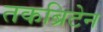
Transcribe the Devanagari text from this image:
तकब्रिटेन